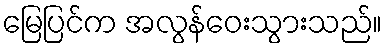
မြေပြင်က အလွန်ဝေးသွားသည်။